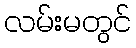
လမ်းမတွင်